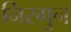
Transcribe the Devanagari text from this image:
निरगुन